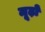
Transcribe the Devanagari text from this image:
मूढ़ों